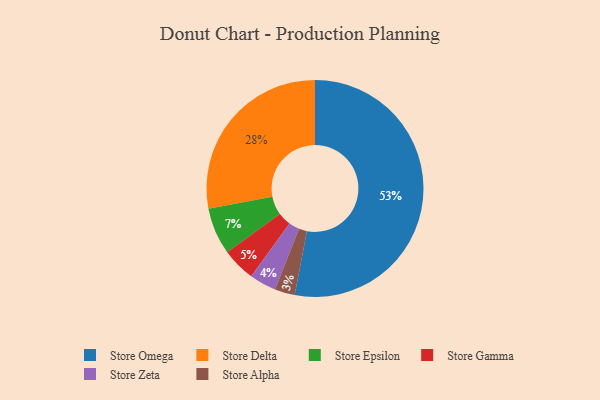
{"axis": {"x": "Category", "y": "Percentage"}, "legend": ["Store Alpha", "Store Delta", "Store Epsilon", "Store Gamma", "Store Omega", "Store Zeta"], "data": [{"x": "Store Omega", "y": 53, "type": "Store Omega"}, {"x": "Store Alpha", "y": 3, "type": "Store Alpha"}, {"x": "Store Zeta", "y": 4, "type": "Store Zeta"}, {"x": "Store Delta", "y": 28, "type": "Store Delta"}, {"x": "Store Epsilon", "y": 7, "type": "Store Epsilon"}, {"x": "Store Gamma", "y": 5, "type": "Store Gamma"}]}